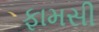
ફામસી